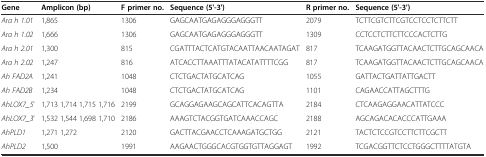
| Gene | Amplicon (bp) | F primer no. | Sequence (5'-3') | R primer no. | Sequence (5'-3') |
 | --- | --- | --- | --- | --- | --- |
 | Ara h 1.01 | 1,865 | 1306 | GAGCAATGAGAGGGAGGGTT | 2079 | TCTTCGTCTTCGTCCTCCTCTTCTT |
 | Ara h 1.02 | 1,666 | 1306 | GAGCAATGAGAGGGAGGGTT | 1309 | CCTCCTCTTCTTCCCACTCTTG |
 | Ara h 2.01 | 1,300 | 815 | CGATTTACTCATGTACAATTAACAATAGAT | 817 | TCAAGATGGTTACAACTCTTGCAGCAACA |
 | Ara h 2.02 | 1,247 | 816 | ATCACCTTAAATTTATACATATTTTCGG | 817 | TCAAGATGGTTACAACTCTTGCAGCAACA |
 | Ah FAD2A | 1,241 | 1048 | CTCTGACTATGCATCAG | 1055 | GATTACTGATTATTGACTT |
 | Ah FAD2B | 1,234 | 1048 | CTCTGACTATGCATCAG | 1101 | CAGAACCATTAGCTTTG |
 | AhLOX7_5' | 1,713 1,714 1,715 1,716 | 2199 | GCAGGAGAAGCAGCATTCACAGTTA | 2184 | CTCAAGAGGAACATTATCCC |
 | AhLOX7_3' | 1,532 1,544 1,698 1,710 | 2186 | AAAGTCTACGGTGATCAAACCAGC | 2188 | AGCAGACACACCCATTGAAA |
 | AhPLD1 | 1,271 1,272 | 2120 | GACTTACGAACCTCAAAGATGCTGG | 2121 | TACTCTCCGTCCTTCTTCGCTT |
 | AhPLD2 | 1,500 | 1991 | AAGAACTGGGCACGTGGTGTTAGGAGT | 1992 | TCGACGGTTCTCCTGGGCTTTTATGTA |